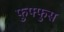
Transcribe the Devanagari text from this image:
फुफ्‍फुस